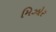
મિઝોર